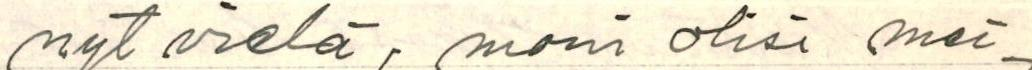
nyt vielä, moni olisi mei-